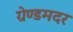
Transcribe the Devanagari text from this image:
ग्रेण्डमदर